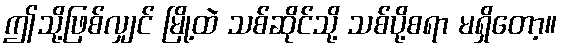
ဤသို့ဖြစ်လျှင် မြို့ထဲ သစ်ဆိုင်သို့ သစ်ပို့စရာ မရှိတော့။